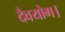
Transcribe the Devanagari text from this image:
दैवयोग।